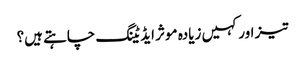
تیز اور کہیں زیادہ موثر ایڈیٹنگ چاہتے ہیں؟